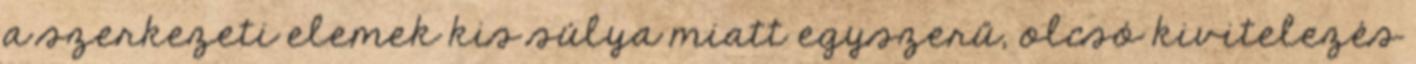
a szerkezeti elemek kis súlya miatt egyszerű, olcsó kivitelezés